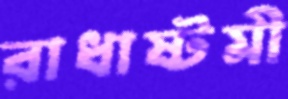
রাধাষ্টমী